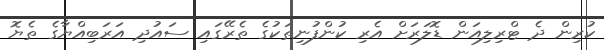
ކުރިން ދެ ޓްރިލިއަން ޑޮލަރަށް އެރި ކުންފުނިތަކުގެ ތެރޭގައި ސައުދި އަރަބިއްޔާގެ ތެޔޮ